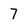
Character: 7